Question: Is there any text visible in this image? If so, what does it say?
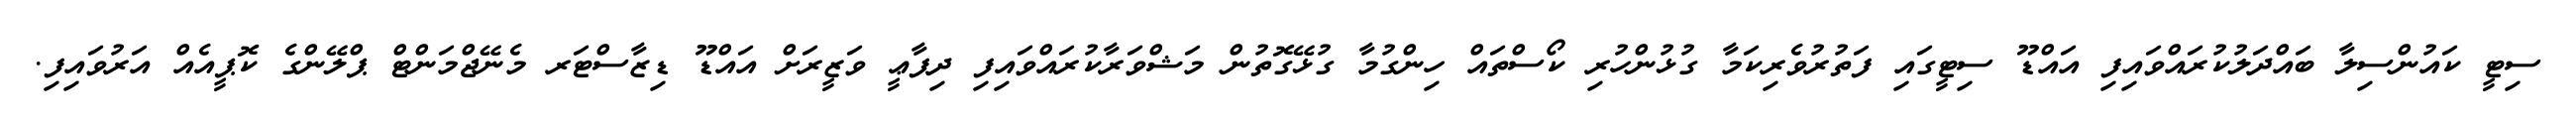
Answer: ސިޓީ ކައުންސިލާ ބައްދަލުކުރައްވައިފި އައްޑޫ ސިޓީގައި ފަތުރުވެރިކަމާ ގުޅުންހުރި ކޯސްތައް ހިންގުމާ ގުޅޭގޮތުން މަޝްވަރާކުރައްވައިފި ދިފާޢީ ވަޒީރަށް އައްޑޫ ޑިޒާސްޓަރ މެނޭޖްމަންޓް ޕްލޭންގެ ކޮޕީއެއް އަރުވައިފި.